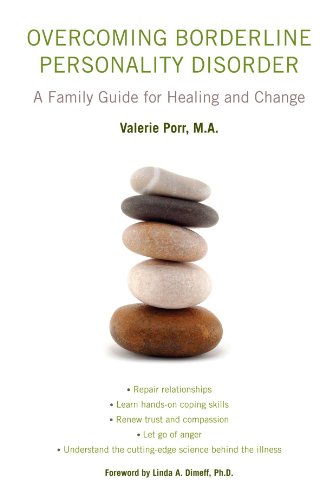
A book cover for Overcoming Borderline Personality Disorder: A Family Guide for Healing and Change; Valerie Porr; Health, Fitness & Dieting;